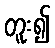
တူး၍